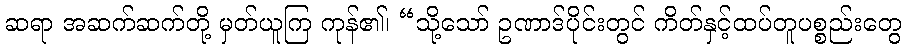
ဆရာ အဆက်ဆက်တို့ မှတ်ယူကြ ကုန်၏၊ “သို့သော် ဥဏာဒ်ပိုင်းတွင် ကိတ်နှင့်ထပ်တူပစ္စည်းတွေ